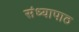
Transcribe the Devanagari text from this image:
संध्यापाठ